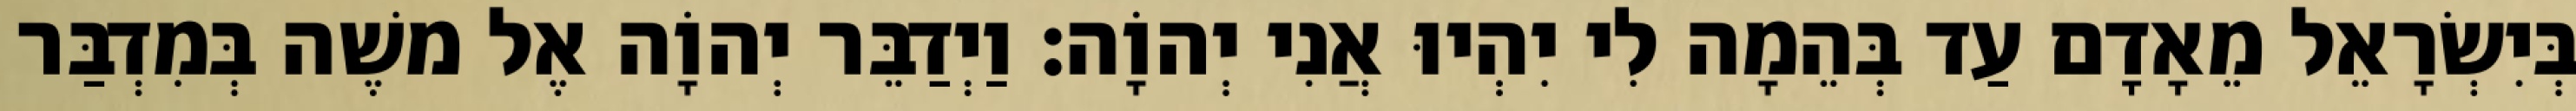
בְּיִשְׂרָאֵל מֵאָדָם עַד בְּהֵמָה לִי יִהְיוּ אֲנִי יְהוָֹה׃ וַיְדַבֵּר יְהוָֹה אֶל משֶׁה בְּמִדְבַּר